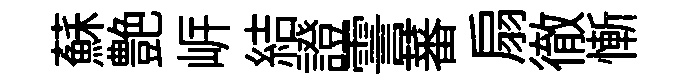
蘇艶㟁結證霅蕃扇徹慚